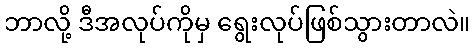
ဘာလို့ ဒီအလုပ်ကိုမှ ရွေးလုပ်ဖြစ်သွားတာလဲ။